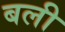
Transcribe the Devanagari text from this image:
बली